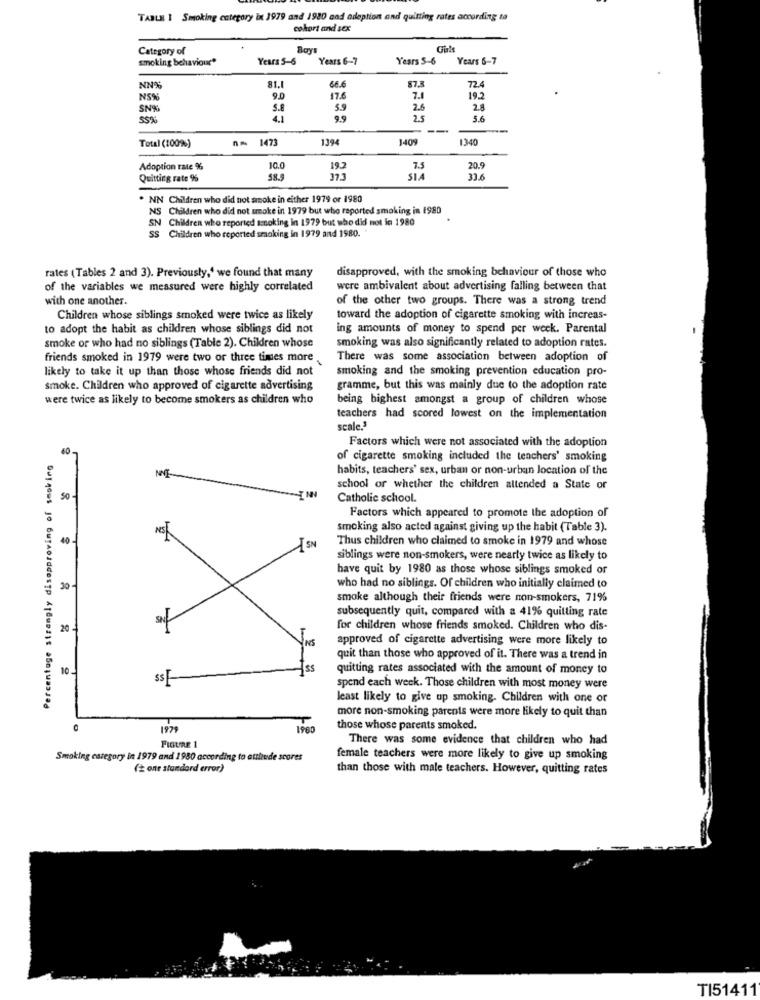
TABLE I Smoking category in 1979 and 1920 and adoption and quitting rates according to
cokort and sex
Category of
Roys
smoking behaviour*
Years 5-6
Years 6-7
Years 5-6
Years 6-7
NN%
81.1
66.6
87.5
72.4
N5%
9.0
17.6
19.2
SN%
5.8
5.9
2.6
28
55%
9.9
2.5
5.6
Total (100%)
n= 1473
1394
1409
1340
Adoption rate %
10.0
192
7.5
20.9
Quitting rate %
58.9
SIA
33.6
NN Children who did not smoke in either 1979 or 1980
NS Children who did not smoke in 1979 but who reported smoking in 1980
SN Children who reported smoking in 1979 but who did not in 1980
SS Children who reported smoking in 1979 and 1980.
rates (Tables 2 and 3). Previously,' we found that many
disapproved, with the smoking behaviour of those who
of the variables we measured were highly correlated
were ambivalent about advertising falling between that
with one another.
of the other two groups. There was a strong trend
Children whose siblings smoked were twice as likely
toward the adoption of cigarette smoking with increas-
to adopt the habit as children whose siblings did not
ing amounts of money to spend per week. Parental
smoke or who had no siblings (Table 2). Children whose
smoking was also significantly related to adoption rates.
friends smoked in 1979 were two or three times more.
There was some association between adoption of
likely to take it up than those whose friends did not
smoking and the smoking prevention education pro-
smoke. Children who approved of cigarette advertising
gramme, but this was mainly due to the adoption rate
were twice as likely to become smokers as children who
being highest amongst a group of children whose
teachers had scored lowest on the implementation
scale."
Factors which were not associated with the adoption
60-
Percentage strongly disapproving of smoking
of cigarette smoking included the teachers' smoking
habits, teachers' sex, urban or non-urban location of the
school or whether the children attended a State or
50
Catholic school.
Factors which appeared to promote the adoption of
smoking also acted against giving up the habit (Table 3).
40
Thus children who claimed to smoke in 1979 and whose
SN
siblings were non-smokers, were nearly twice as likely to
have quit by 1980 as those whose siblings smoked or
30 -
who had no siblings. Of children who initially claimed to
smoke although their friends were non-smokers, 71%
subsequently quit, compared with a 41% quitting rate
20 4
for children whose friends smoked. Children who dis-
approved of cigarette advertising were more likely to
quit than those who approved of it. There was a trend in
10 1
Iss
quitting rates associated with the amount of money to
ss
spend each week. Those children with most money were
least likely to give up smoking. Children with one or
more non-smoking parents were more likely to quit than
1979
1960
those whose parents smoked.
There was some evidence that children who had
FIGURE 1
Smoking category in 1979 and 1980 according to attitude scores
female teachers were more likely to give up smoking
( one standard error)
than those with male teachers. However, quitting rates
TI51411